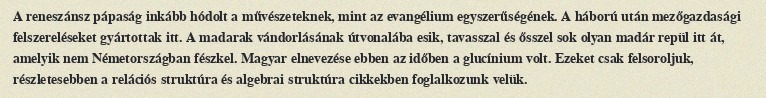
A reneszánsz pápaság inkább hódolt a művészeteknek, mint az evangélium egyszerűségének. A háború után mezőgazdasági felszereléseket gyártottak itt. A madarak vándorlásának útvonalába esik, tavasszal és ősszel sok olyan madár repül itt át, amelyik nem Németországban fészkel. Magyar elnevezése ebben az időben a glucínium volt. Ezeket csak felsoroljuk, részletesebben a relációs struktúra és algebrai struktúra cikkekben foglalkozunk velük.